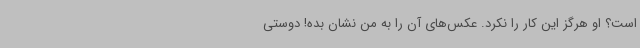
است؟ او هرگز این کار را نکرد. عکس‌های آن را به من نشان بده! دوستی